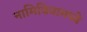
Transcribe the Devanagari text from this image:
नामिबियामध्ये